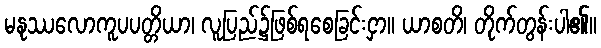
မနုဿလောကူပပတ္တိယာ၊ လူပြည်၌ဖြစ်ရစေခြင်းငှာ။ ယာစတိ၊ တိုက်တွန်းပါ၏။